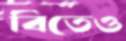
বিতেও